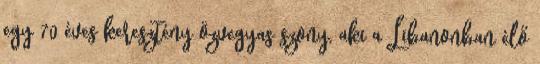
egy 70 éves keresztény özvegyas�szony, aki a Libanonban élő